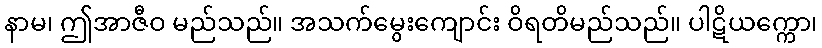
နာမ၊ ဤအာဇီဝ မည်သည်။ အသက်မွေးကျောင်း ဝိရတိမည်သည်။ ပါဋိယက္ကော၊